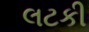
લટકી